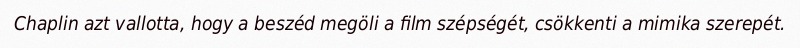
Chaplin azt vallotta, hogy a beszéd megöli a film szépségét, csökkenti a mimika szerepét.